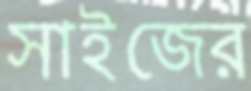
সাইজের